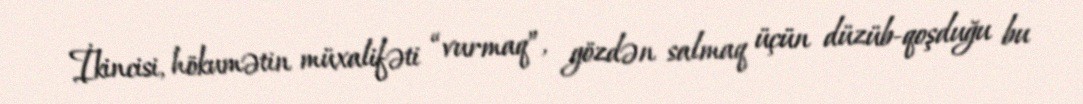
İkincisi, hökumətin müxalifəti “vurmaq”, gözdən salmaq üçün düzüb-qoşduğu bu